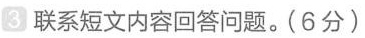
3联系短文内容回答问题。(6分)